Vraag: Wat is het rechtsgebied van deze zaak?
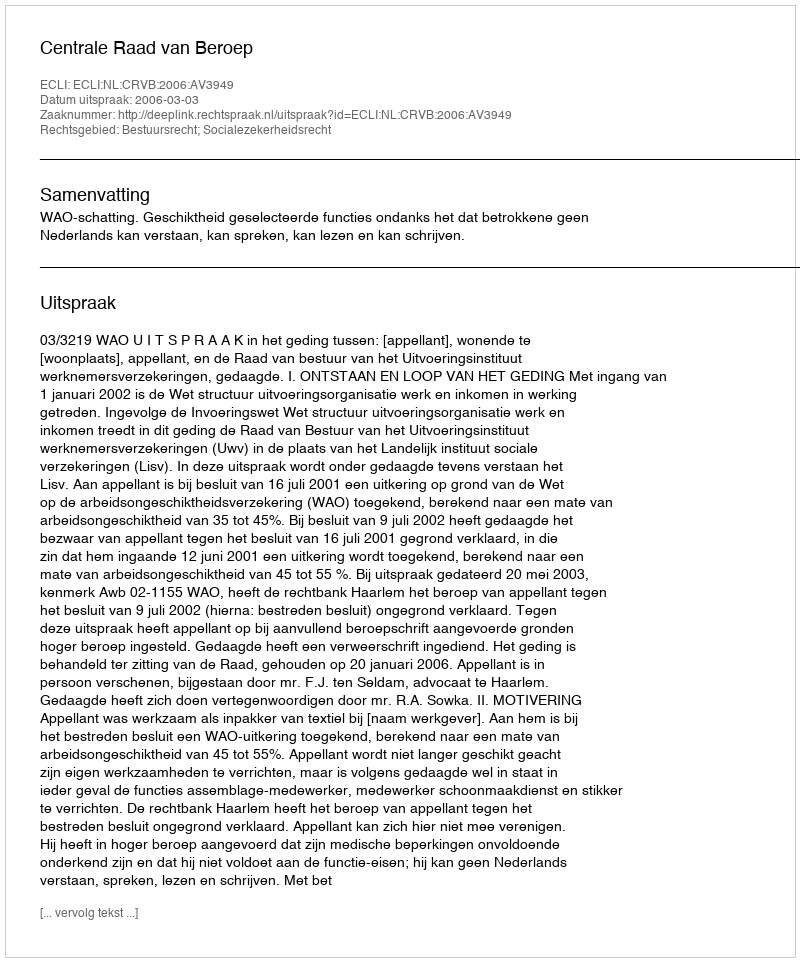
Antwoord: Bestuursrecht; Socialezekerheidsrecht